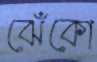
ঝেঁকো